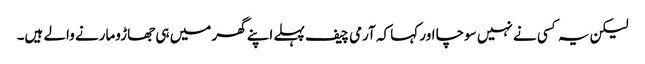
لیکن یہ کسی نے نہیں سوچا اور کہا کہ آرمی چیف پہلے اپنے گھر میں ہی جھاڑومارنے والے ہیں۔